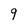
Character: 9